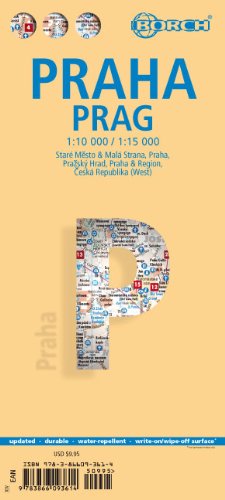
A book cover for Laminated Prague Map by Borch (English Edition); Borch; Travel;